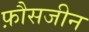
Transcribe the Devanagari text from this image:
फ़ौसजीन